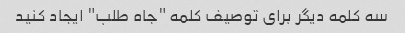
سه کلمه دیگر برای توصیف کلمه "جاه طلب" ایجاد کنید